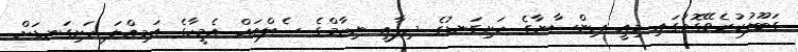
ގަބޫލުކުރެވޭގޮތުގައި މިއީ އިންސާނާގެ ހަށިގަނޑުގެ ދިފާޢީ ނިޒާމްގެ ސެލްތައް އެމީހާގެ އަމިއްލަ ހަށިގަނޑަށް